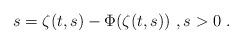
LaTeX: \begin{align*}s = \zeta(t,s) - \Phi(\zeta(t,s))\ , s>0\ . \end{align*}